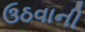
ઉઠવાની